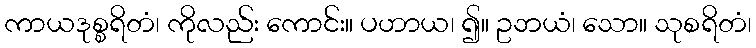
ကာယဒုစ္စရိတံ၊ ကိုလည်း ကောင်း။ ပဟာယ၊ ၍။ ဥဘယံ၊ သော။ သုစရိတံ၊